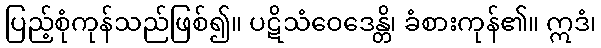
ပြည့်စုံကုန်သည်ဖြစ်၍။ ပဋိသံဝေဒေန္တိ၊ ခံစားကုန်၏။ ဣဒံ၊